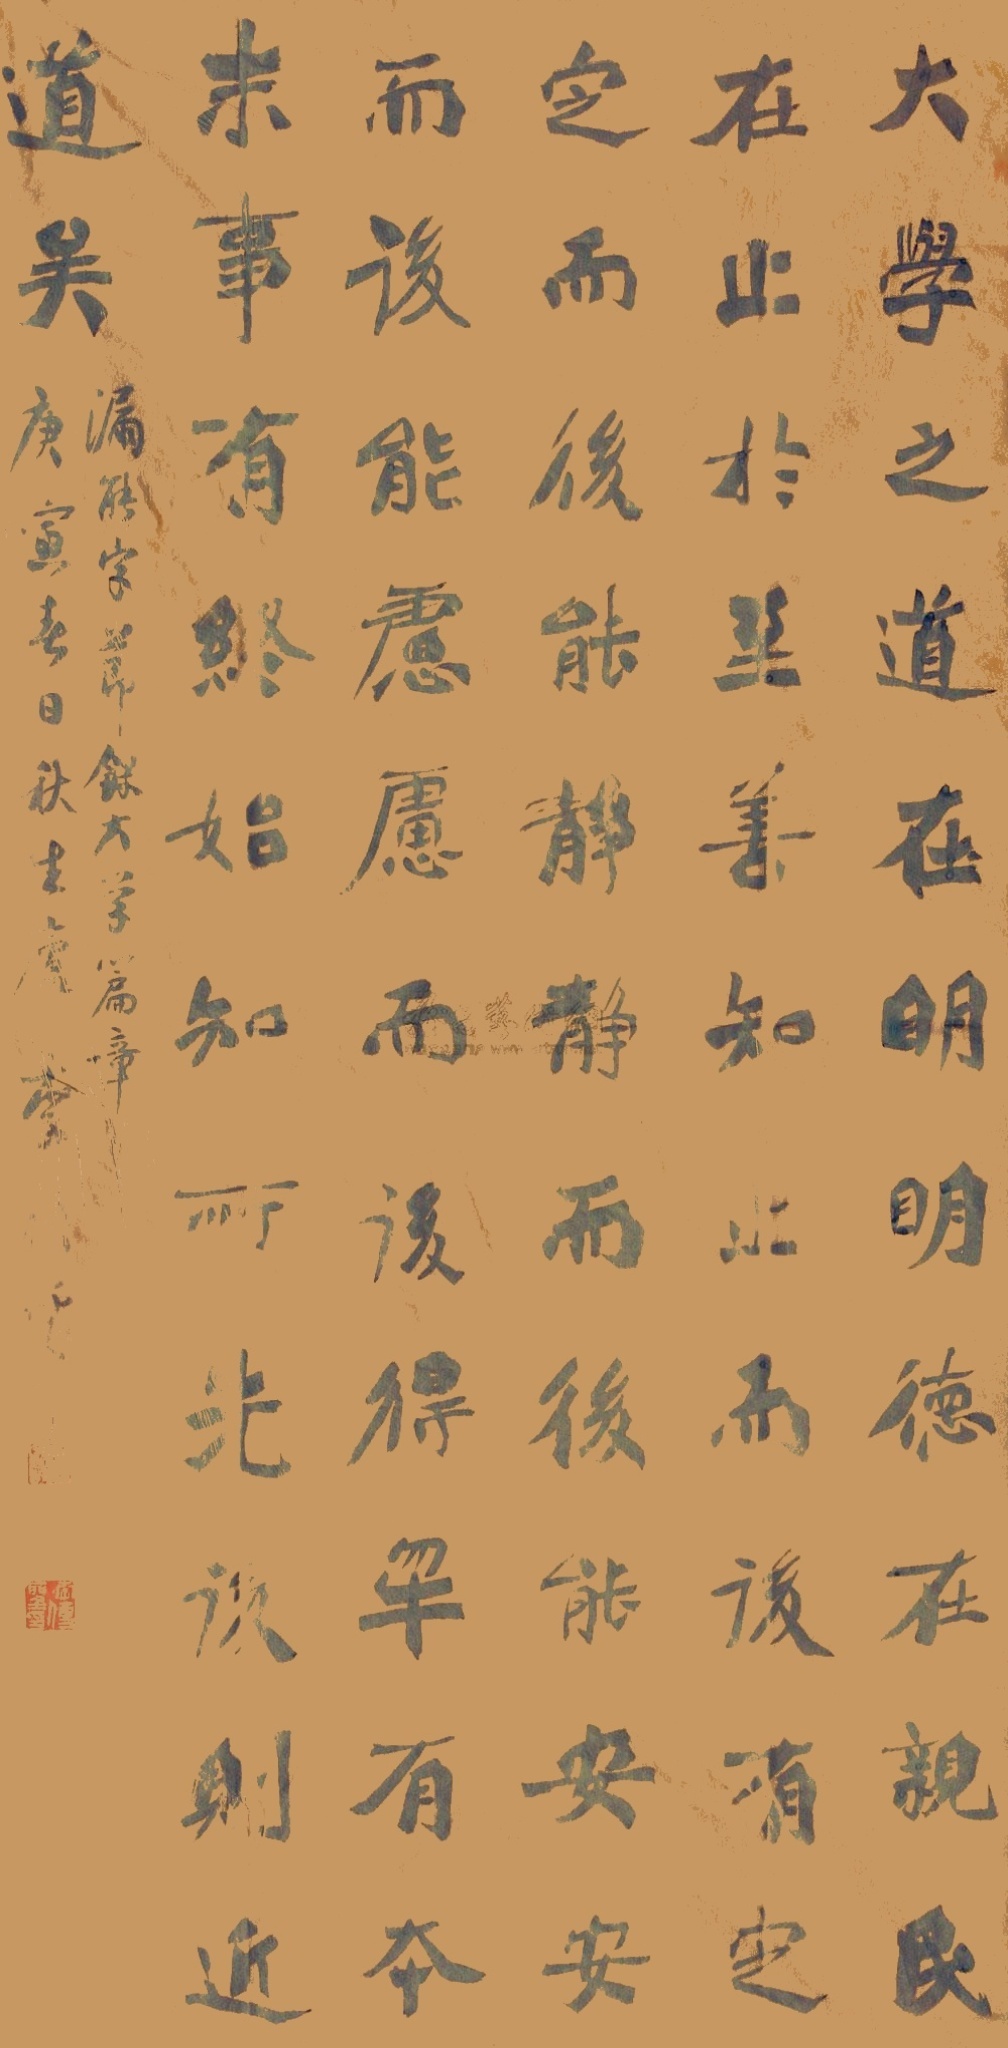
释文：大学之道，在明明德，在亲民，在止于至善。知止而后有定，定而后能静，静而后能安，安而后能虑，虑而后能得。物有本末，事有终始。知所先后，则近道矣。李传圣印